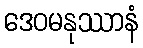
ဒေဝမနုဿာနံ